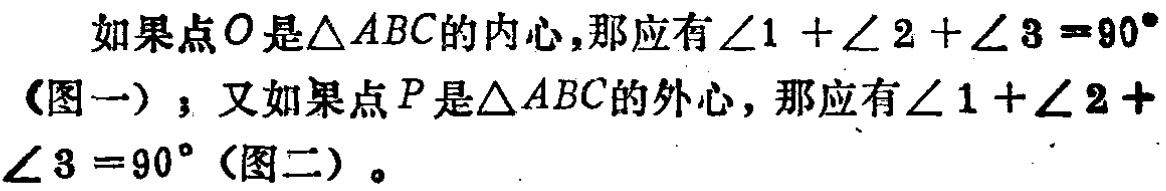
如果点\(O\)是\(\triangle ABC\)的内心，那应有\(\angle 1 + \angle 2 + \angle 3 = 90^{\circ}\)（图一）；又如果点\(P\)是\(\triangle ABC\)的外心，那应有\(\angle 1 + \angle 2 + \angle 3 = 90^{\circ}\)（图二）。